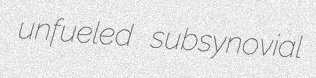
unfueled subsynovial